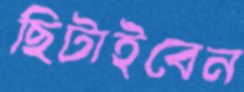
ছিটাইবেন